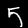
Digit: 5